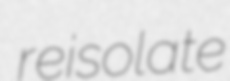
reisolate